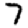
Digit: 7